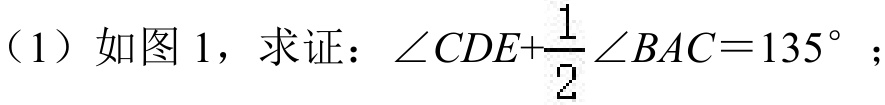
（1）如图1，求证：\(\angle CDE+\frac{1}{2}\angle BAC = 135^{\circ}\)；